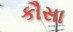
કૌસા